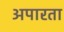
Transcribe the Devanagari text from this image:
अपारता